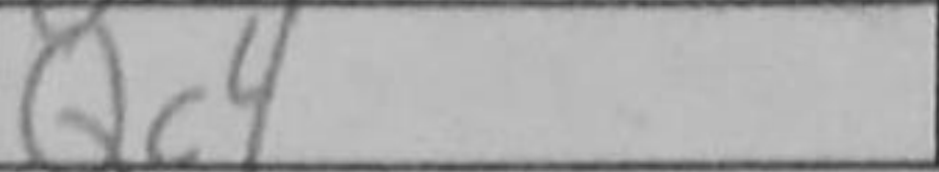
Transcription: Qc4